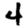
Digit: 4